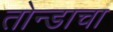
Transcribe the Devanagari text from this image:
तोन्डाचा